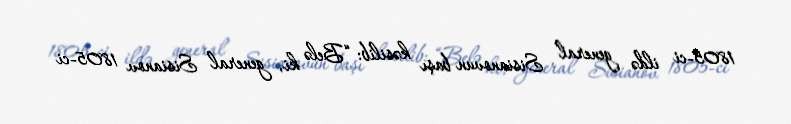
1805-ci ildə general Sisianovun başı kəsilib: “Belə ki, general Sisianov 1805-ci